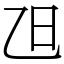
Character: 𣄽